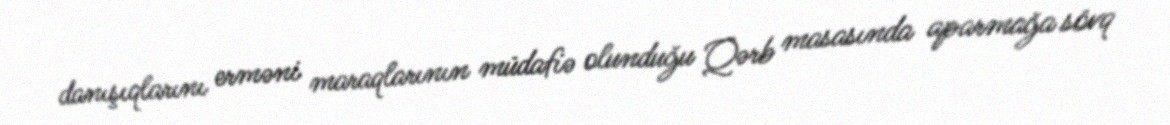
danışıqlarını erməni maraqlarının müdafiə olunduğu Qərb masasında aparmağa sövq